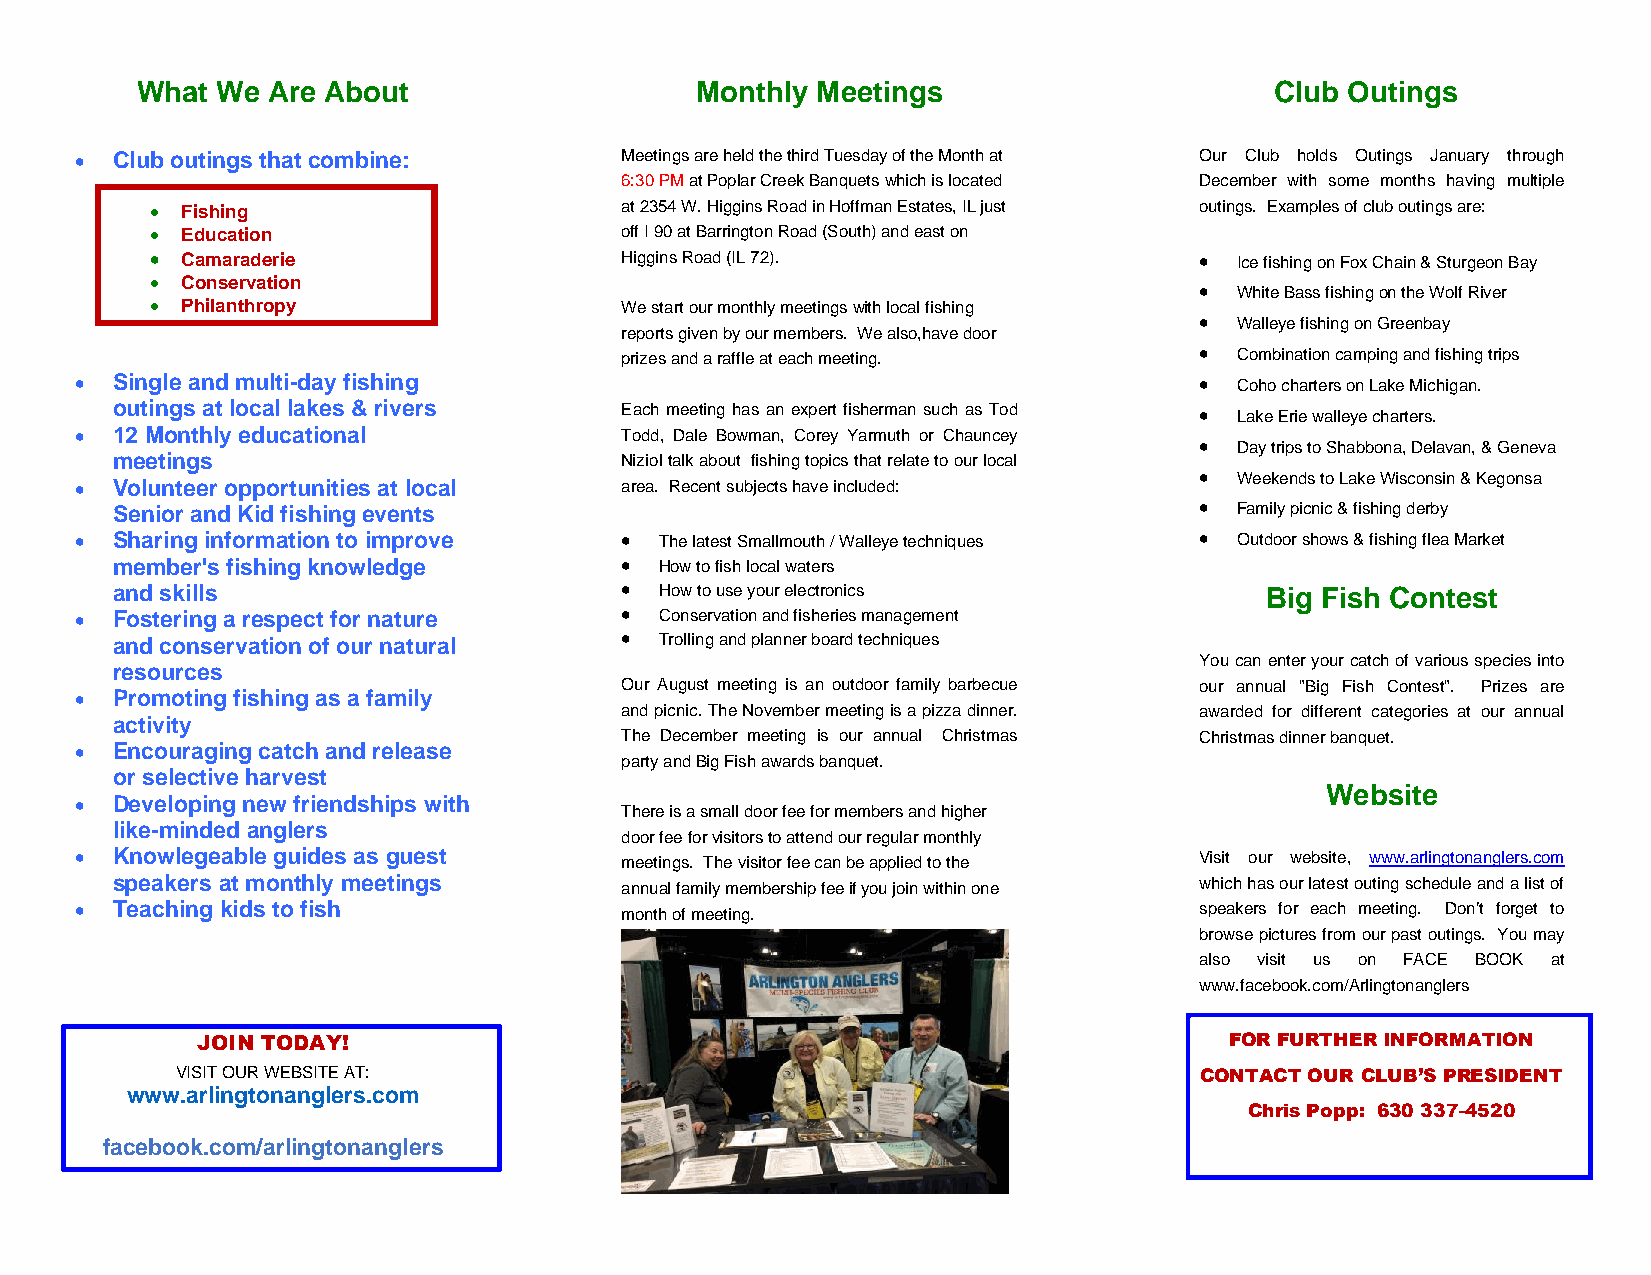
What We  Are About                   Monthly Meetings                      Club Outings
 • Club outings that combine:        Meetings are held the third Tuesday of the Month at Our Club holds Outings January through
 6:30 PM at Poplar Creek Banquets which is located December with some months having multiple
 • Fishing                      at 2354 W. Higgins Road in Hoffman Estates, IL just outings. Examples of club outings are:
 • Education                    off I 90 at Barrington Road (South) and east on
 • Camaraderie                  Higgins Road (IL 72).                 •  Ice fishing on Fox Chain & Sturgeon Bay
 • Conservation
 •  White Bass fishing on the Wolf River
 • Philanthropy                 We start our monthly meetings with local fishing
 •  Walleye fishing on Greenbay
 reports given by our members. We also,have door
 prizes and a raffle at each meeting.  •  Combination camping and fishing trips
 • Single and multi-day fishing                                            •  Coho charters on Lake Michigan.
 outings at local lakes & rivers   Each meeting has an expert fisherman such as Tod • Lake Erie walleye charters.
 • 12 Monthly educational            Todd, Dale Bowman, Corey Yarmuth or Chauncey
 •  Day trips to Shabbona, Delavan, & Geneva
 meetings                          Niziol talk about fishing topics that relate to our local
 •  Weekends to Lake Wisconsin & Kegonsa
 • Volunteer opportunities at local  area. Recent subjects have included:
 Senior and Kid fishing events                                           •  Family picnic & fishing derby
 • Sharing information to improve    •  The latest Smallmouth / Walleye techniques • Outdoor shows & fishing flea Market
 member's fishing knowledge        •  How to fish local waters
 and skills                        •  How to use your electronics             Big Fish Contest
 • Fostering a respect for nature    •  Conservation and fisheries management
 and conservation of our natural   •  Trolling and planner board techniques
 You can enter your catch of various species into
 resources
 Our August meeting is an outdoor family barbecue our annual "Big Fish Contest". Prizes are
 • Promoting fishing as a family
 and picnic. The November meeting is a pizza dinner. awarded for different categories at our annual
 activity
 The December meeting is our annual Christmas Christmas dinner banquet.
 • Encouraging catch and release
 party and Big Fish awards banquet.
 or selective harvest
 Website
 • Developing new friendships with
 There is a small door fee for members and higher
 like-minded anglers
 door fee for visitors to attend our regular monthly
 • Knowlegeable guides as guest      meetings. The visitor fee can be applied to the Visit our website, www.arlingtonanglers.com
 speakers at monthly meetings      annual family membership fee if you join within one which has our latest outing schedule and a list of
 • Teaching kids to fish             month of meeting.                     speakers for each meeting. Don’t forget to
 browse pictures from our past outings. You may
 also visit us on FACE BOOK at
 www.facebook.com/Arlingtonanglers
 JOIN TODAY!                                                         FOR FURTHER INFORMATION
 VISIT OUR WEBSITE AT:                                              CONTACT OUR CLUB’S PRESIDENT
 www.arlingtonanglers.com
 Chris Popp: 630 337-4520
 facebook.com/arlingtonanglers